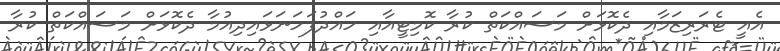
އެއީ ޓެރަރިޒަމާއި ދެކޮޅަށް މަސައްކަތް ކުރާ ކޮމިޓީއާއި ހައްދުފަހަނަޅައިދިއުމާ ދެކޮޅަށް މަސައްކަތް ކުރާ